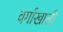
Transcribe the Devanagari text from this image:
वर्गाखाली